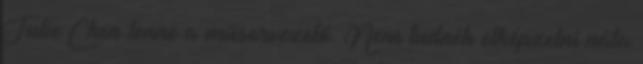
Julie Chen lenne a műsorvezető. Nem tudnék elképzelni nála